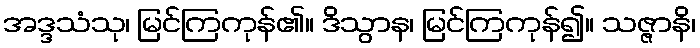
အဒ္ဒသံသု၊ မြင်ကြကုန်၏။ ဒိသွာန၊ မြင်ကြကုန်၍။ သဇ္ဇာနိ၊